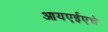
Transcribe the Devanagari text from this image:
आयएईएचे